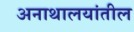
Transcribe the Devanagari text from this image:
अनाथालयांतील